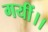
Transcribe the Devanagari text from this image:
गयीं।।